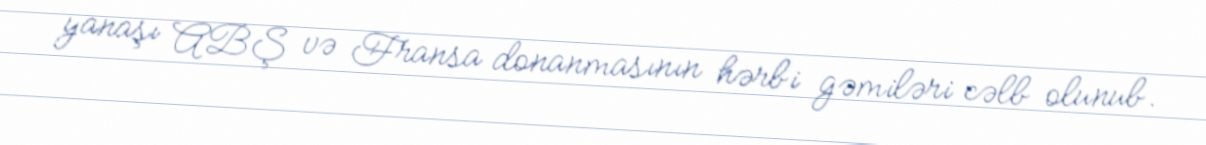
yanaşı ABŞ və Fransa donanmasının hərbi gəmiləri cəlb olunub.